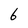
Character: 6